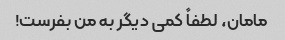
مامان، لطفاً کمی دیگر به من بفرست!